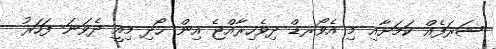
ޝަރަފެއް ކަމަށާއި މި އެވޯރޑް ދިވެހިރާއްޖެ އިން ހޯދި މިއީ ދެވަނަ ފަހަރު